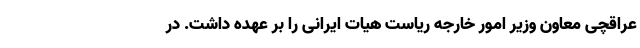
عراقچی معاون وزیر امور خارجه ریاست هیات ایرانی را بر عهده داشت. در